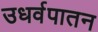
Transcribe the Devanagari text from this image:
उधर्वपातन